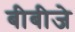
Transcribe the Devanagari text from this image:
बीबीजे